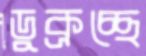
ডুক্‌রচ্ছে